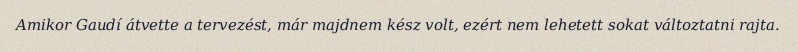
Amikor Gaudí átvette a tervezést, már majdnem kész volt, ezért nem lehetett sokat változtatni rajta.